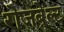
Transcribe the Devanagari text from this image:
रोजबेल्ट